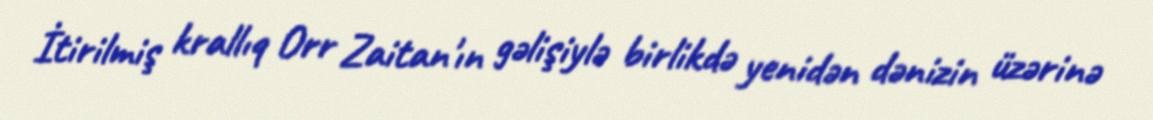
İtirilmiş krallıq Orr Zaitan'ın gəlişiylə birlikdə yenidən dənizin üzərinə